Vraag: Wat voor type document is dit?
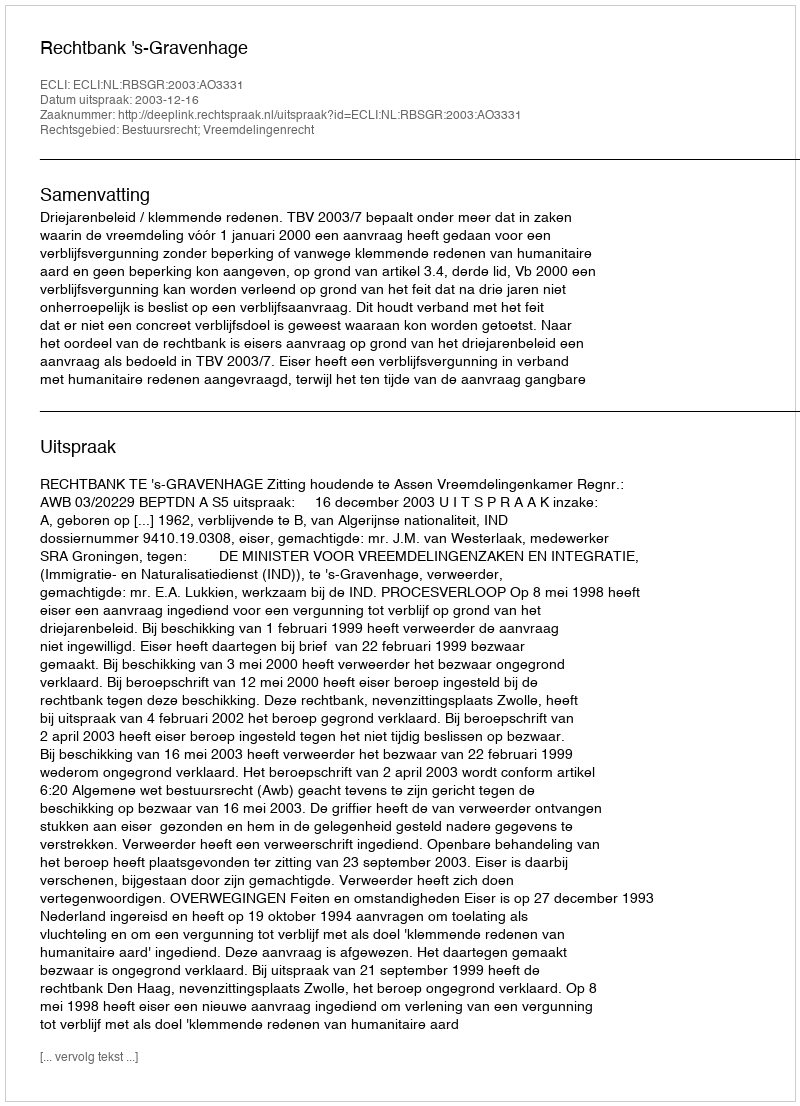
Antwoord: Uitspraak